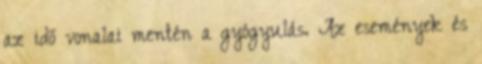
az idő vonalai mentén a gyógyulás. Az események és